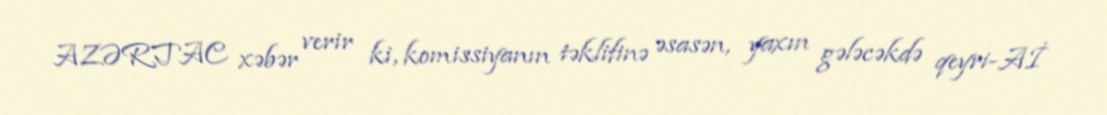
AZƏRTAC xəbər verir ki, komissiyanın təklifinə əsasən, yaxın gələcəkdə qeyri-Aİ